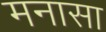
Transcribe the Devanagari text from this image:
मनासा